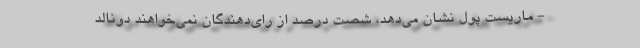
- ماریست پول نشان می‌دهد، شصت درصد از رای‌دهندگان نمی‌خواهند دونالد